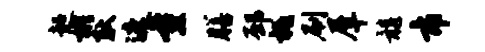
超彬耿遮量膳邳祗刷犀髓市